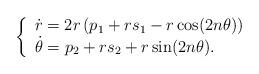
LaTeX: \begin{align*}\left\{ \begin{array}{l} \displaystyle{\dot{r}=2r\left(p_1+rs_1-r\cos(2n\theta)\right)}\\ \displaystyle{\dot{\theta}=p_2+rs_2+r\sin(2n\theta)}. \end{array} \right.\end{align*}